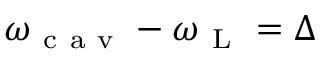
\omega _ { \mathrm { ~ c ~ a ~ v ~ } } - \omega _ { \mathrm { ~ L ~ } } = \Delta